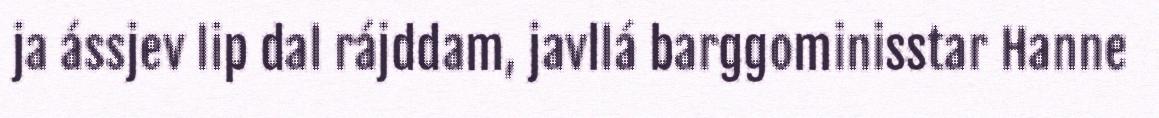
ja ássjev lip dal rájddam, javllá barggominisstar Hanne